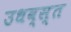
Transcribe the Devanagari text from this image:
उधव्स्त